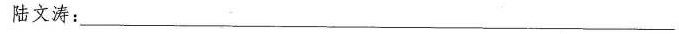
陆文涛：___